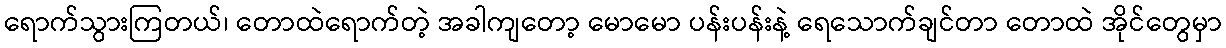
ရောက်သွားကြတယ်၊ တောထဲရောက်တဲ့ အခါကျတော့ မောမော ပန်းပန်းနဲ့ ရေသောက်ချင်တာ တောထဲ အိုင်တွေမှာ